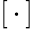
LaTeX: \left[\, \cdot\, \right]